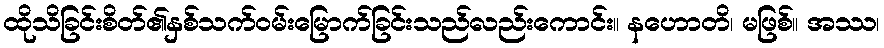
ထိုသိခြင်းစိတ်၏နှစ်သက်ဝမ်းမြောက်ခြင်းသည်လည်းကောင်း။ နဟောတိ၊ မဖြစ်။ အဿ၊